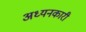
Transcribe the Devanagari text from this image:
अध्यनकारी